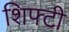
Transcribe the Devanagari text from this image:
शिफ्टी